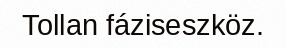
Tollan fáziseszköz.